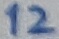
Text: 12